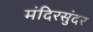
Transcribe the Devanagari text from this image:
मंदिरसुंदर